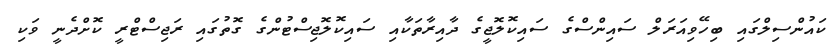
ކައުންސިލްގައި ބިހޭވިއަރަލް ސައިންސްގެ ސައިކޮލޮޖީގެ ދާއިރާތަކާއި ސައިކޮލޮޖިސްޓުންގެ ގޮތުގައި ރަޖިސްޓްރީ ކޮށްދެނީ ވަކި